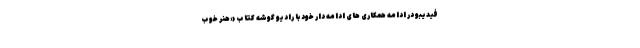
فیدیبو در ادامه همکاری های ادامه دار خود با رادیو گوشه کتاب «هنر خوب